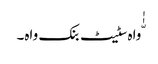
ّٰٰواہ سٹیٹ بنک واہ۔